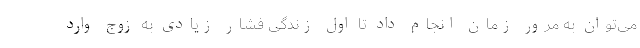
می‌توان به مرور زمان انجام داد تا اول زندگی فشار زیادی به زوج وارد